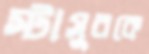
স্টাসুরকে